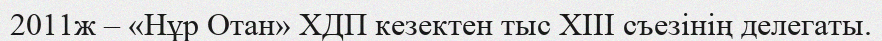
2011ж – «Нұр Отан» ХДП кезектен тыс ХІІІ съезінің делегаты.